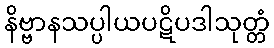
နိဗ္ဗာနသပ္ပါယပဋိပဒါသုတ္တံ